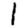
Digit: 1